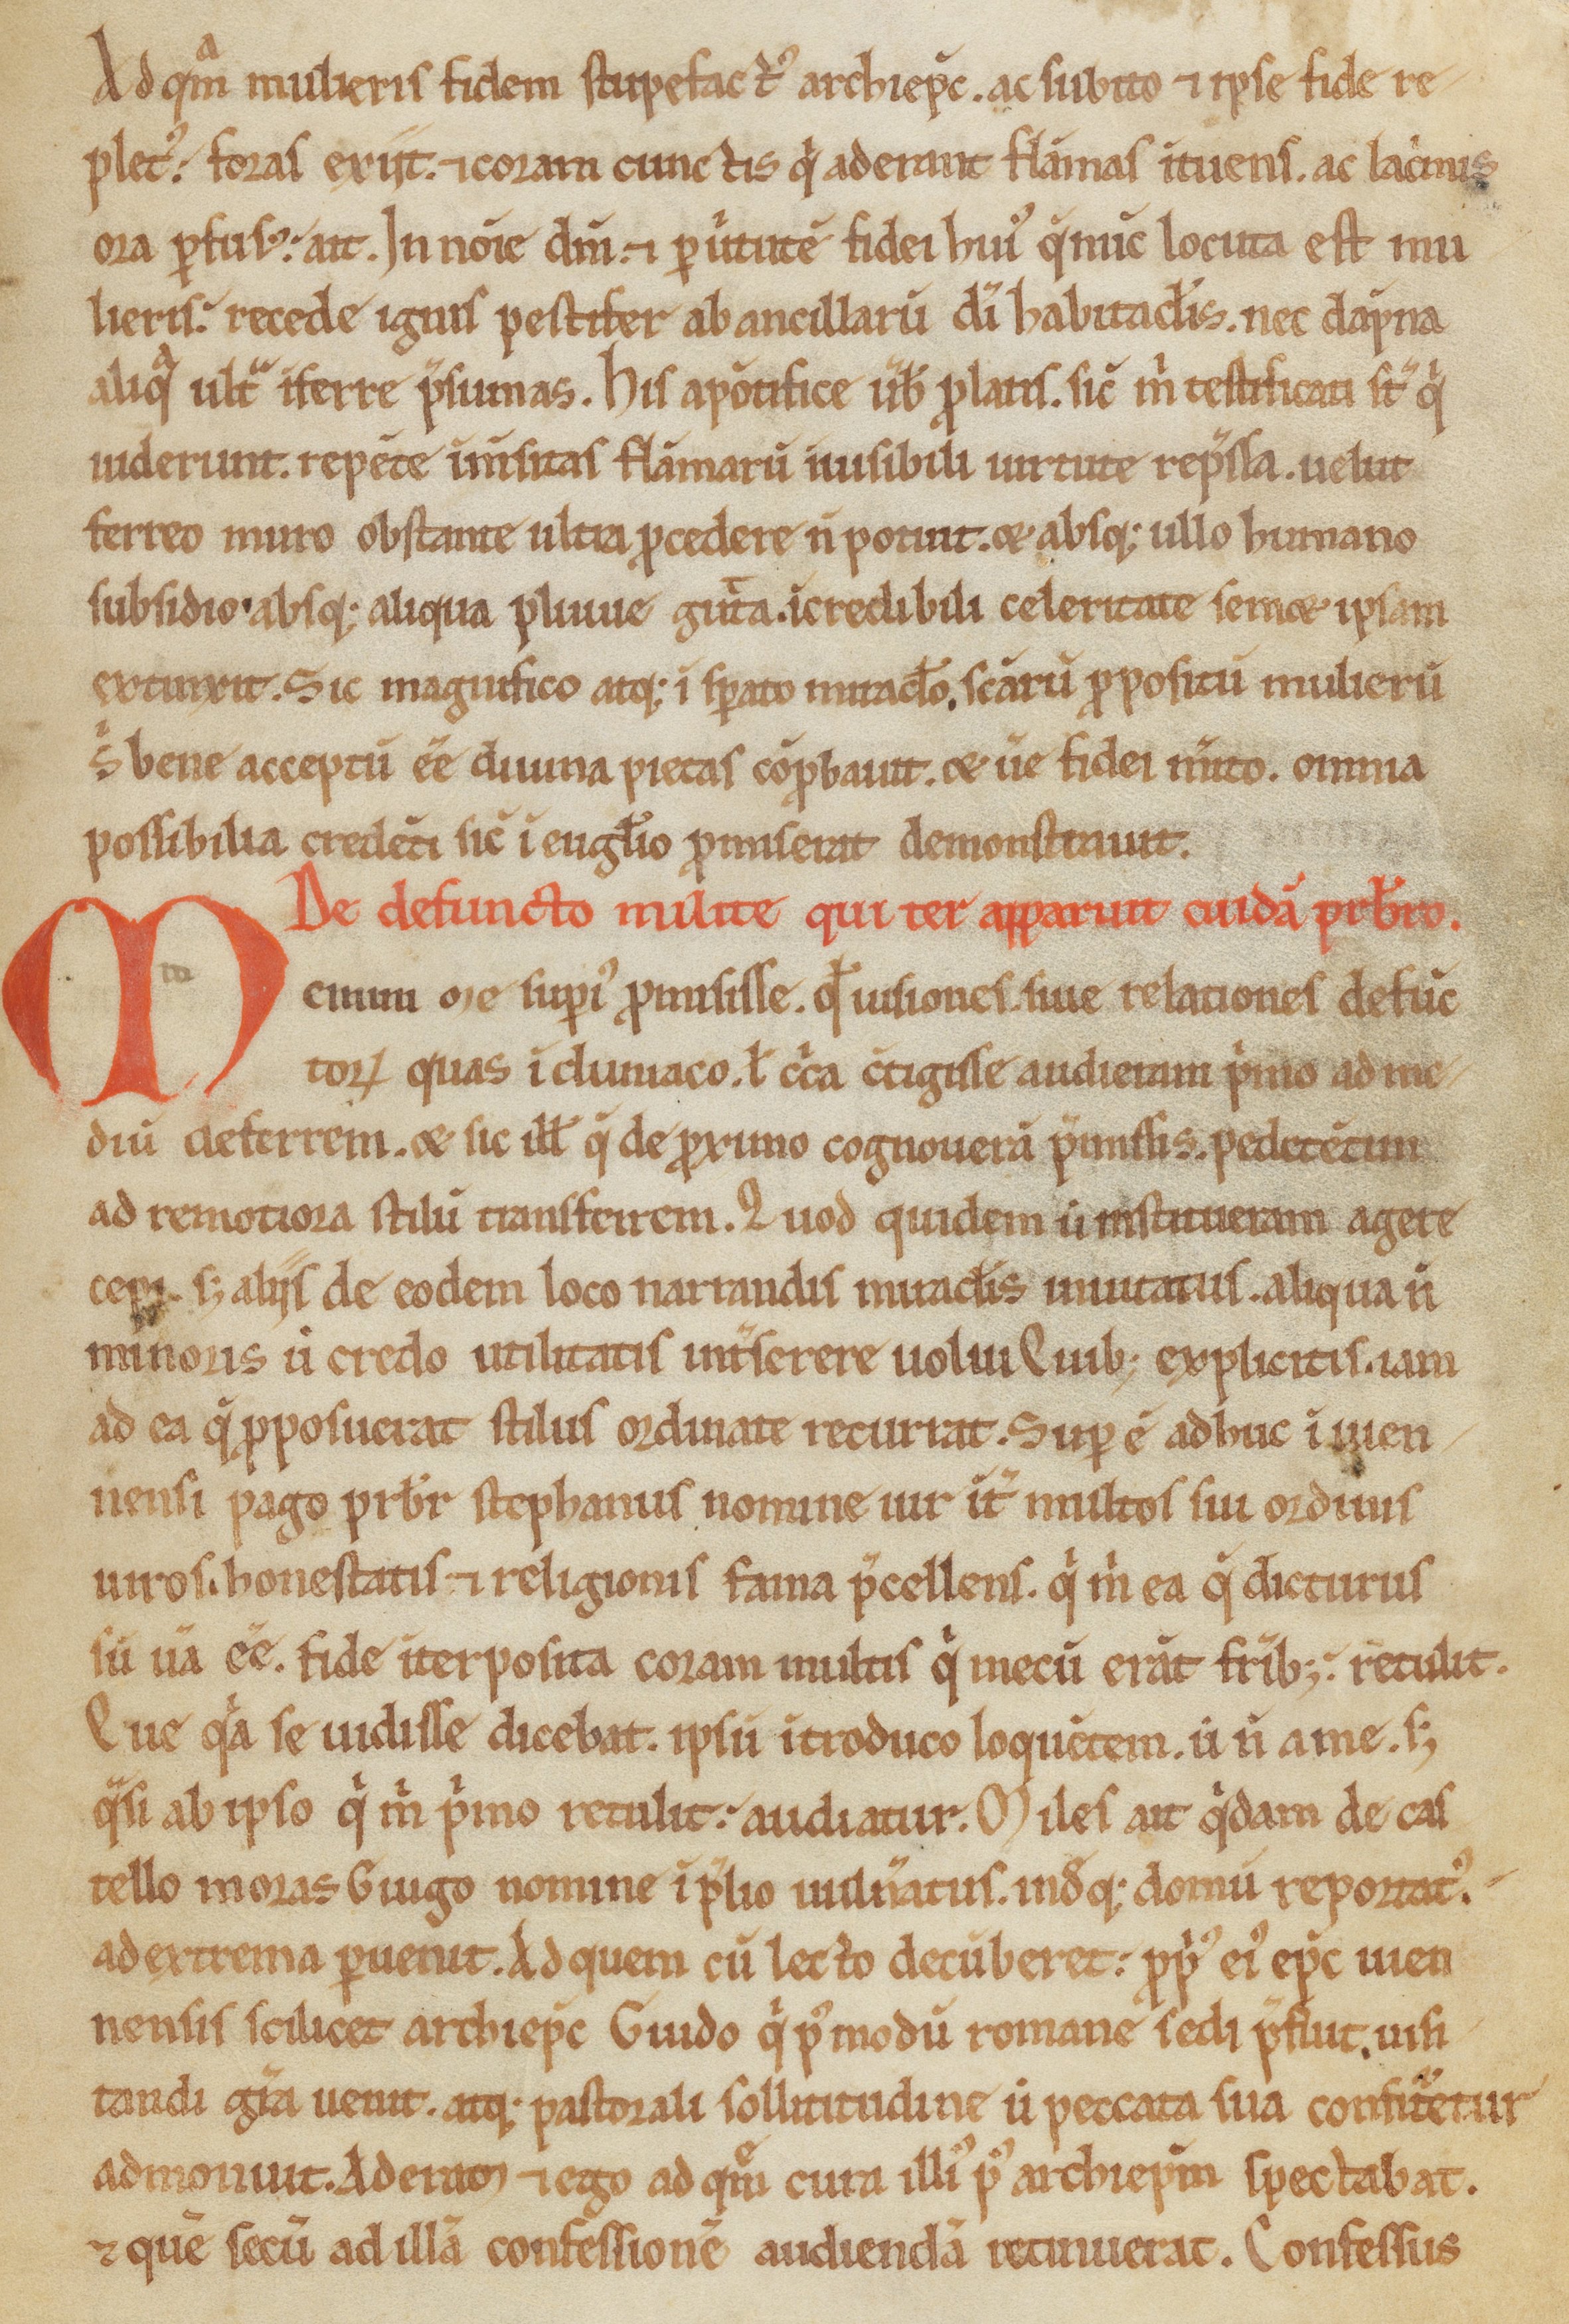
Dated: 1150–1199